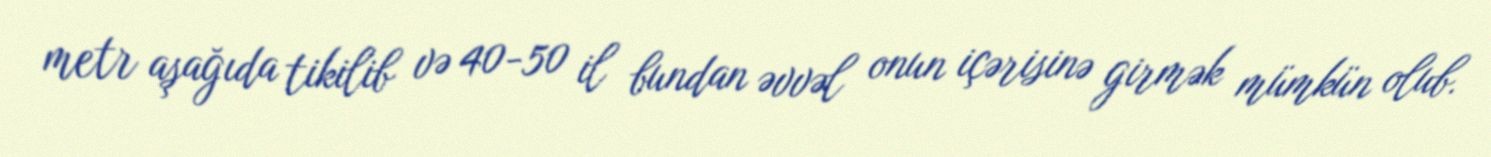
metr aşağıda tikilib və 40-50 il bundan əvvəl onun içərisinə girmək mümkün olub.